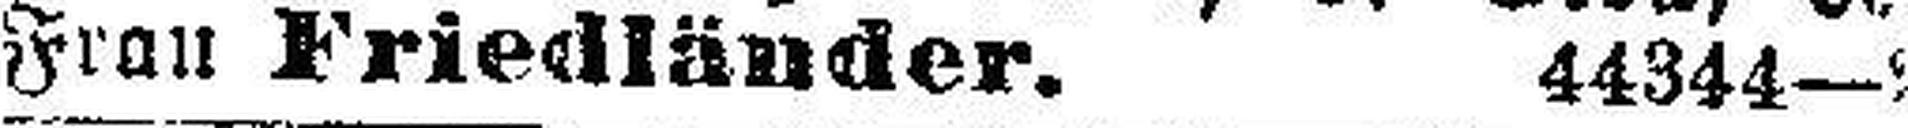
Frau Friedländer. 44344—2